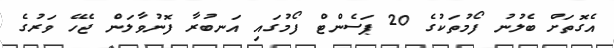
އެގޮތަށް ބެލުނު ފޯމުތަކުގެ 20 ޕަސެންޓް ފޯމުގައި އަނބުރާ ފޮނުވާލަން ޖެހޭ ވަރުގެ